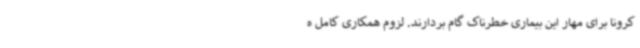
کرونا برای مهار این بیماری خطرناک گام بردارند. لزوم همکاری کامل ه